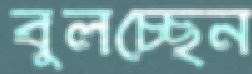
বুলচ্ছেন